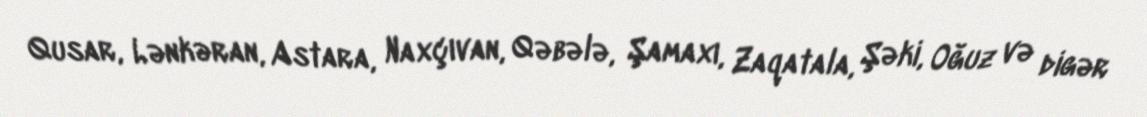
Qusar, Lənkəran, Astara, Naxçıvan, Qəbələ, Şamaxı, Zaqatala, Şəki, Oğuz və digər